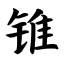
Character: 锥